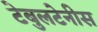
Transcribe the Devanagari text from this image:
टेबुलटेनीस